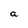
Character: a